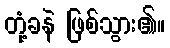
တုံ့ခနဲ ဖြစ်သွား၏။